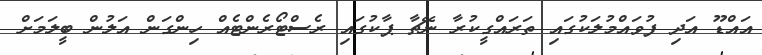
އައްޑޫ އަދި ފުވައްމުލަކުގައި ތަރައްގީކުރާ ނޭޗާ ޕާކުގައި ރެސްޓޯރެންޓެއް ހިންގަން އަލުން ބީލަމަށް